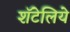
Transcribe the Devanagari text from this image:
शॅटेलिये